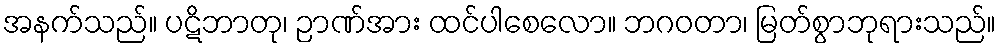
အနက်သည်။ ပဋိဘာတု၊ ဉာဏ်အား ထင်ပါစေလော။ ဘဂဝတာ၊ မြတ်စွာဘုရားသည်။